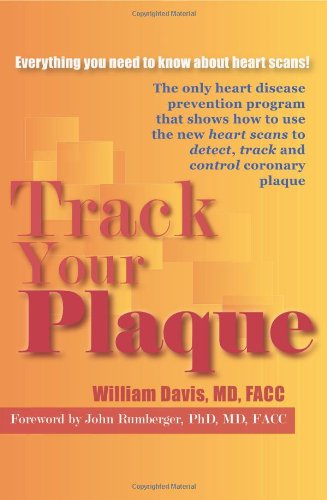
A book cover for Track Your Plaque: The only heart disease prevention program that shows how to use the new heart scans to detect, track and control coronary plaque; William Davis; Health, Fitness & Dieting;